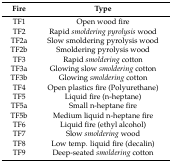
<table><thead><tr><td><b>Fire</b></td><td><b>Type</b></td></tr></thead><tbody><tr><td>TF1</td><td>Open wood fire</td></tr><tr><td>TF2</td><td>Rapid <i>smoldering pyrolysis</i> wood</td></tr><tr><td>TF2a</td><td>Slow smoldering pyrolysis wood</td></tr><tr><td>TF2b</td><td>Smoldering pyrolysis wood</td></tr><tr><td>TF3</td><td>Rapid <i>smoldering</i> cotton</td></tr><tr><td>TF3a</td><td>Glowing slow <i>smoldering</i> cotton</td></tr><tr><td>TF3b</td><td>Glowing <i>smoldering</i> cotton</td></tr><tr><td>TF4</td><td>Open plastics fire (Polyurethane)</td></tr><tr><td>TF5</td><td>Liquid fire (n-heptane)</td></tr><tr><td>TF5a</td><td>Small n-heptane fire</td></tr><tr><td>TF5b</td><td>Medium liquid n-heptane fire</td></tr><tr><td>TF6</td><td>Liquid fire (ethyl alcohol)</td></tr><tr><td>TF7</td><td>Slow <i>smoldering</i> wood</td></tr><tr><td>TF8</td><td>Low temp. liquid fire (decalin)</td></tr><tr><td>TF9</td><td>Deep-seated <i>smoldering</i> cotton</td></tr></tbody></table>